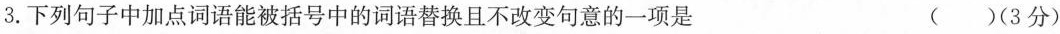
3.下列句子中加点词语能被括号中的词语替换且不改变句意的一项是 ( )(3分)